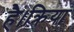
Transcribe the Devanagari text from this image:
है।क्रिया